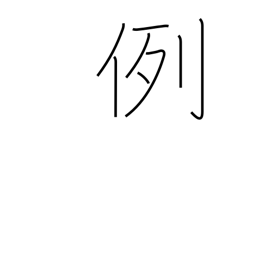
Meaning: custom